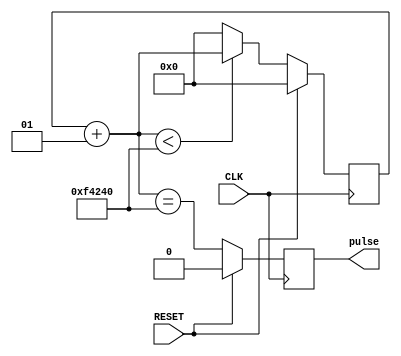
/// <author>UnnamedOrange</author>
/// <projectname>tick</projectname>
/// <modulename>enable_module</modulename>
/// <filedescription>Enable module.</filedescription>
/// <dependency>
/// </dependency>

module enable_module_t(
	output reg pulse,
	input RESET,
	input CLK);

	parameter pulse_frequency = 100; // 10 ms by default.
	parameter CLK_frequency = 100000000; // Assuming CLK is 100 MHz.
	localparam count_to = CLK_frequency / pulse_frequency;

	integer counter;

	always @(posedge CLK) begin
		if (RESET) begin
			counter <= 0;
			pulse <= 0;
		end
		else begin
			if (counter + 1 < count_to)
				counter <= counter + 1;
			else
				counter <= 0;
			pulse <= counter + 1 == count_to;
		end
	end
endmodule